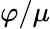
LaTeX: \varphi/\mu